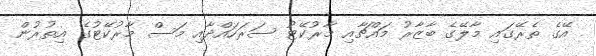
އޭގެ ތެރޭގައި މާލޭގެ ބާޒާރު މައްޗާއި މާރުކޭޓު ސަރަހައްދާއި މަސް މާރުކޭޓުގެ އިތުރުން